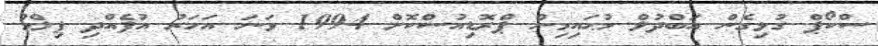
ސްކޯޕް ގުޅިގެން އަބްދުލް މުޙައިމިން ޕްރޮޑިއުސްކޮށް 1994 ވަނަ އަހަރު އުފެއްދި ފިލްމު